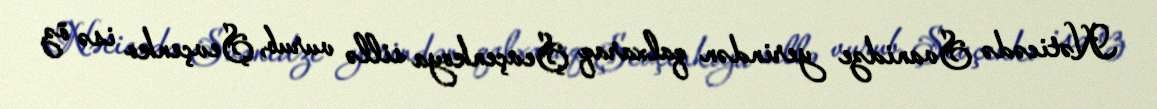
Nəticədə Svanidze yerindən qalxaraq Şevçenkoya sillə vurub, Şevçenko isə öz